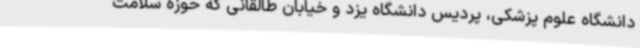
دانشگاه علوم پزشکی، پردیس دانشگاه یزد و خیابان طالقانی که حوزه سلامت